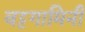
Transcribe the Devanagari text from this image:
वट्टगामिनी